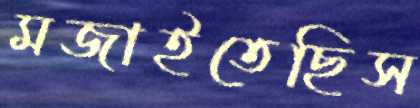
মজাইতেছিস